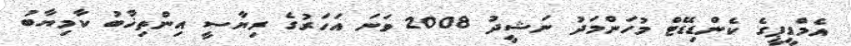
އެމްޑީޕީގެ ކެންޑިޑޭޓް މުހަންމަދު ނަޝީދު 2008 ވަނަ އަހަރުގެ ރިޔާސީ އިންތިޚާބު ކާމިޔާބު